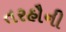
તરહૌની